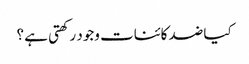
کیا ضد کائنات وجود رکھتی ہے ؟